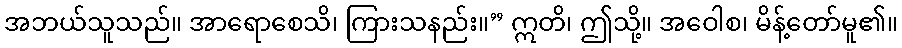
အဘယ်သူသည်။ အာရောစေသိ၊ ကြားသနည်း။” ဣတိ၊ ဤသို့။ အဝေါစ၊ မိန့်တော်မူ၏။